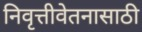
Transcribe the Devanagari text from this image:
निवृत्तीवेतनासाठी